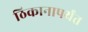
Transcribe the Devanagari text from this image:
ठिकानापर्यंत